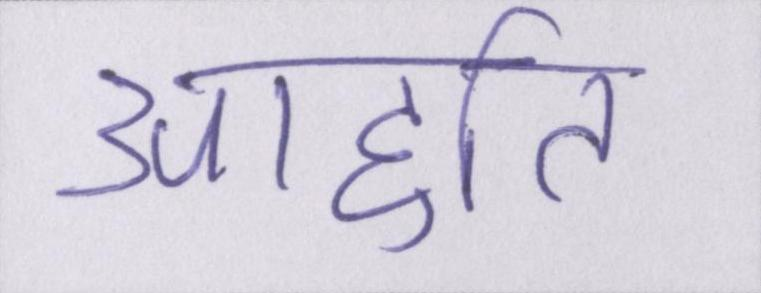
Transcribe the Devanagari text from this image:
आहुति